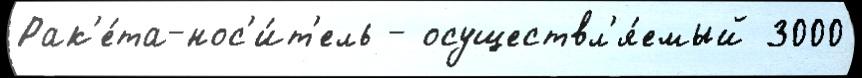
Рак'е́та-нос'и́т'ель - осуществл'я́емый 3000